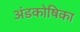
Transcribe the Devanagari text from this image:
अंडकोषिका